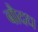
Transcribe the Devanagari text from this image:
बौदध